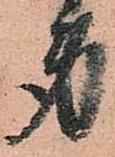
身